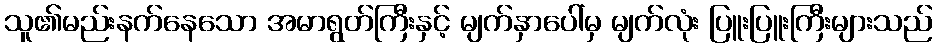
သူ၏မည်းနက်နေသော အမာရွတ်ကြီးနှင့် မျက်နှာပေါ်မှ မျက်လုံး ပြူးပြူးကြီးများသည်